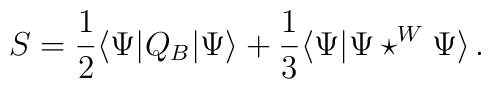
S={\frac{1}{2}}\langle \Psi |Q_{B}|\Psi \rangle +{\frac{1}{3}}\langle \Psi|\Psi \star ^{W}\Psi \rangle\, .